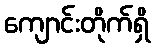
ကျောင်းတိုက်ရှိ